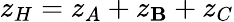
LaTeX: z_{H}=z_{A}+z_{\mathbf{B}}+z_{C}